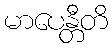
မာပေန္တီတိ